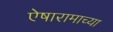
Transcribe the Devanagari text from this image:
ऐषारामाच्या